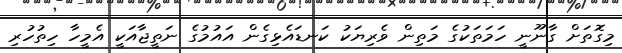
މިގޮތަށް ގާނޫނީ ހަމަތަކުގެ މަތިން ވެރިޔަކު ކަނޑައެޅިގެން އައުމުގެ ނަތީޖާއަކީ އެމީހާ ހިތުހުރި